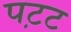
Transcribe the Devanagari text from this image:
पट़ट